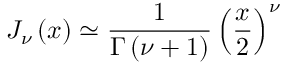
J _ { \nu } \left( x \right) \simeq \frac { 1 } { \Gamma \left( \nu + 1 \right) } \left( \frac { x } { 2 } \right) ^ { \nu }